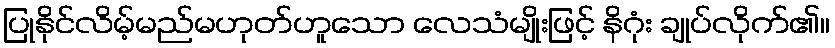
ပြုနိုင်လိမ့်မည်မဟုတ်ဟူသော လေသံမျိုးဖြင့် နိဂုံး ချုပ်လိုက်၏။